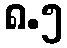
၈.၅